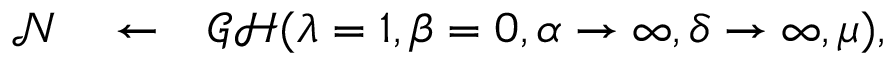
\begin{array} { r l r } { { \mathcal N } } & { { } \leftarrow } & { \mathcal { G H } ( \lambda = 1 , \beta = 0 , \alpha \rightarrow \infty , \delta \rightarrow \infty , \mu ) , } \end{array}